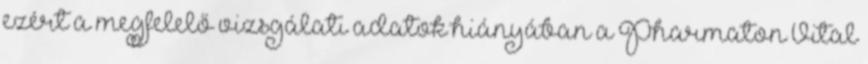
ezért a megfelelő vizsgálati adatok hiányában a Pharmaton Vital